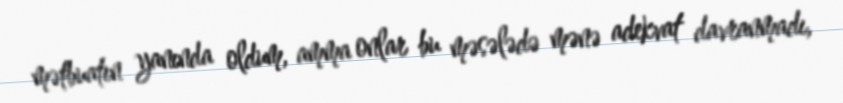
mətbuatın yanında oldum, amma onlar bu məsələdə mənə adekvat davranmadı,